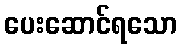
ပေးဆောင်ရသော